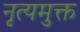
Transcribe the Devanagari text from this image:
नृत्यमुक्त